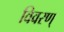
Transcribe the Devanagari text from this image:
विवरण्